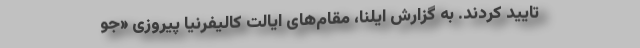
تایید کردند. به گزارش ایلنا، مقام‌های ایالت کالیفرنیا پیروزی «جو